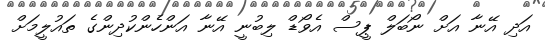
އަދި އޭނާ އަށް ނޯބަލް ޕީސް އެވޯޑް ލިބުނީ އޭނާ އަންހެންކުދިންގެ ތައުލީމަށް